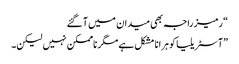
“ رمیز راجہ بھی میدان میں آ گئے
”آسٹریلیا کو ہرانا مشکل ہے مگر ناممکن نہیں لیکن۔